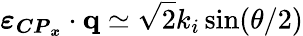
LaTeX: \boldsymbol{\varepsilon_{{CP}_{x}}}\cdot{\mathbf{q}}\simeq\sqrt 2k_{i}\sin(\theta/2)